Insane asylums Bombay 1873-77 - 1873-1877
Year: 1873
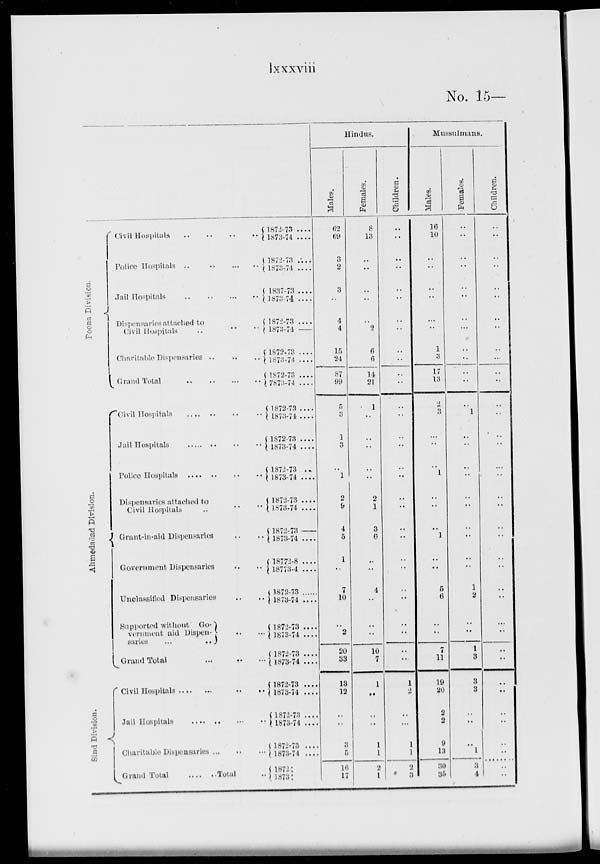
lxxxviii
No. 15—
Poona Division.
Ahmedabad Division.
Sind Division.
Civil Hospitals .. .. .. ..
Police Hospitals
..
..
..
..
Jail Hospitals
..
..
..
..
Dispensaries attached to
Civil Hospitals
..
..
..
Charitable Dispensaries .. .. ..
Grand Total .. .. ..
Civil Hospitals .. .. ..
Jail Hospitals .. .. .. .. ..
Police Hospitals
..
..
..
..
..
Dispensaries attached to
Civil Hospitals .. .. ..
Grant-in-aid Dispensaries .. ..
Government Dispensaries .. ..
Unclassified Dispensaries .. ..
Supported without Government and Dispensaries .. ..
Grand Total .. .. ..
Civil Hospitals
..
..
..
..
..
Jail
Hospitals .. .. .. .. ..
Charitable; Dispensaries .. .. ..
Grand Total
....
..
Total
..
1872-73 ....
1873-74 ....
1872-73 ....
1873-74 ....
1837-73 ....
1873-74 ....
1872-73 ....
1873-74 ....
1872-73 ....
1873-74 ....
1872-73 ....
7873-74 ....
1872-73 ....
1873-74 ....
1872-73 ....
1873-74 ....
1872-73 ....
1873-74 ....
1872-73 ....
1873-74 ....
1872-73 ....
1873-74 ....
18772-8 ....
18773-4 ....
1872-73 ....
1873-74 ....
1872-73 ....
1873-74 ....
1872-73 ....
1873-74 ....
1872-73 ....
1873-74 ....
1872-73 ....
1873-74 ....
1872-73 ....
1873-74 ....
1872 :
1873 :
Hindus.
Males.
62
69
3
2
3
..
4
4
15
24
87
99
5
3
1
3
..
1
2
9
4
5
1
..
7
10
..
2
20
33
13
12
..
..
3
5
16
17
Females.
8
13
..
..
..
..
..
2
6
6
14
21
1
..
..
..
..
..
2
1
3
6
..
..
4
..
..
..
10
7
1
..
..
..
1
1
2
1
Children.
..
..
..
..
..
..
..
..
..
..
..
..
..
..
..
..
..
..
..
..
..
..
..
..
..
..
..
..
..
..
1
2
..
..
1
1
2
3
Mussulmans.
Males.
16
10
..
..
..
..
..
..
1
3
17
13
2
3
..
..
..
1
..
..
..
1
..
..
5
6
..
..
7
11
19
20
2
2
9
13
30
35
Females.
..
..
..
..
..
..
..
..
..
..
..
..
..
1
..
..
..
..
..
..
..
..
..
..
1
2
..
..
1
3
3
3
..
..
..
1
3
4
Children.
..
..
..
..
..
..
..
..
..
..
..
..
..
..
..
..
..
..
..
..
..
..
..
..
..
..
..
..
..
..
..
..
..
..
..
..
..
..